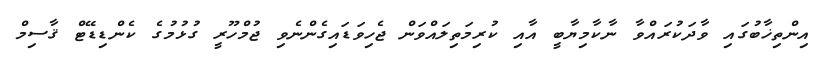
އިންތިޚާބުގައި ވާދަކުރައްވާ ނާކާމިޔާބީ އާއި ކުރިމަތިލައްވަން ޖެހިވަޑައިގެންނެވި ޖުމްހޫރީ ގުޅުމުގެ ކެންޑިޑޭޓް ޤާސިމް